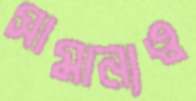
সামান্যও